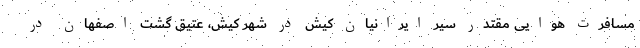
مسافرت هوایی مقتدر سیر ایرانیان کیش در شهر کیش، عتیق گشت اصفهان در